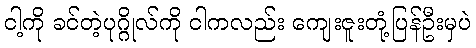
ငါ့ကို ခင်တဲ့ပုဂ္ဂိုလ်ကို ငါကလည်း ကျေးဇူးတုံ့ပြန်ဦးမှပဲ